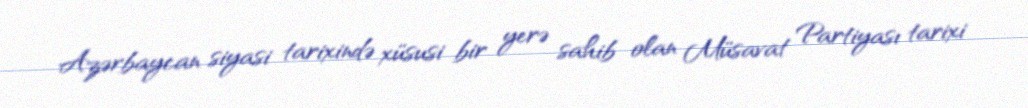
Azərbaycan siyasi tarixində xüsusi bir yerə sahib olan Müsavat Partiyası tarixi